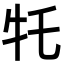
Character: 𪺩